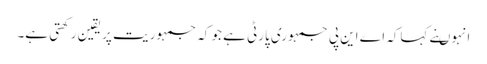
انہوںنے کہاکہ اے این پی جمہوری پارٹی ہے جو کہ جمہوریت پر یقین ر کھتی ہے۔